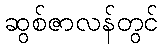
ဆွစ်ဇာလန်တွင်